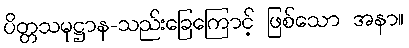
ပိတ္တသမုဋ္ဌာန-သည်းခြေကြောင့် ဖြစ်သော အနာ။